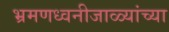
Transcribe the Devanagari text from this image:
भ्रमणध्वनीजाळ्यांच्या